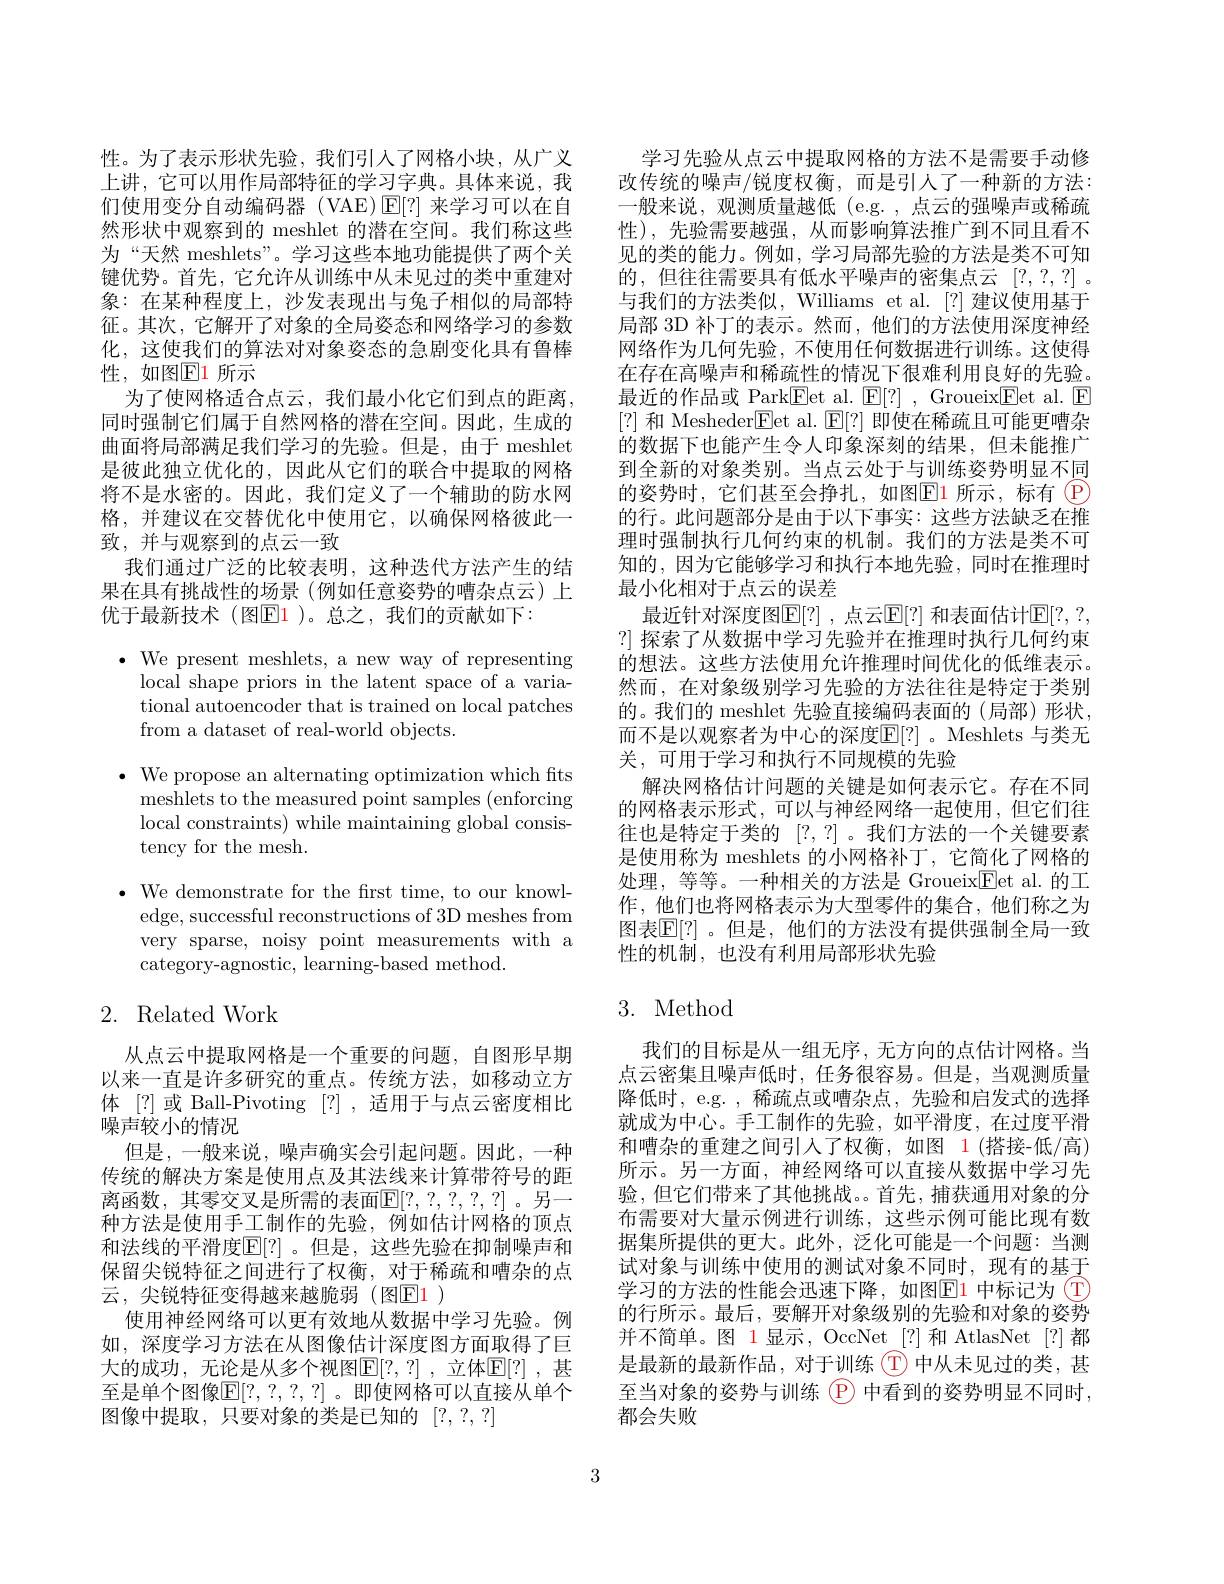
性。为了表示形状先验，我们引人了网格小块，从广义上讲，它可以用作局部特征的学习字典。具体来说，我们使用变分自动编码器 (VAE)$\operatorname{E}[?]$来学习可以在自然形状中观察到的 meshlet 的潜在空间。我们称这些为“天然 meshlets”。学习这些本地功能提供了两个关键优势。首先，它允许从训练中从未见过的类中重建对象：在某种程度上，沙发表现出与兔子相似的局部特征。其次，它解开了对象的全局姿态和网络学习的参数化，这使我们的算法对对象姿态的急剧变化具有鲁棒性，如图$\mathbb{E}$1 所示
为了使网格适合点云，我们最小化它们到点的距离， 同时强制它们属于自然网格的潜在空间。因此，生成的曲面将局部满足我们学习的先验。但是，由于 meshlet 是彼此独立优化的，因此从它们的联合中提取的网格将不是水密的。因此，我们定义了一个辅助的防水网格，并建议在交替优化中使用它，以确保网格彼此一致，并与观察到的点云一致
我们通过广泛的比较表明，这种迭代方法产生的结果在具有挑战性的场景(例如任意姿势的嘈杂点云)上优于最新技术(图El )。总之，我们的贡献如下：

$\bullet$ We present meshlets, a new way of representing
local shape priors in the latent space of a variational autoencoder that is trained on local patches from a dataset of real-world objects.
$\bullet$ We propose an alternating optimization which fts
meshlets to the measured point samples (enforcing local constraints) while maintaining global consistency for the mesh.
$\cdot$ We demonstrate for the frst time, to our knowl-
edge, successful reconstructions of 3D meshes from very sparse, noisy point measurements with a category-agnostic, learning-based method.

# 2. Related Work

从点云中提取网格是一个重要的问题，自图形早期以来一直是许多研究的重点。传统方法，如移动立方体 [?]或 Ball-Pivoting [?] , 适用于与点云密度相比噪声较小的情况
但是，一般来说，噪声确实会引起问题。因此，一种传统的解决方案是使用点及其法线来计算带符号的距离函数，其零交叉是所需的表面$\mathbb{E}[?,?,?,?,?]$。另一种方法是使用手工制作的先验，例如估计网格的顶点和法线的平滑度$\mathbb{E}[?]$ 。但是，这些先验在抑制噪声和保留尖锐特征之间进行了权衡，对于稀疏和嘈杂的点云，尖锐特征变得越来越脆弱(图$\color{red}{\mathrm{E}}\color{blue}{\mathrm{1}}$)
使用神经网络可以更有效地从数据中学习先验。例如，深度学习方法在从图像估计深度图方面取得了巨大的成功，无论是从多个视图$\mathbb{E}[?,?]$,立体$\mathbb{E}[?]$,甚至是单个图像$\mathbb{E}[?,?,?,?]$。即使网格可以直接从单个图像中提取，只要对象的类是已知的[?,?,?]

学习先验从点云中提取网格的方法不是需要手动修改传统的噪声/锐度权衡，而是引人了一种新的方法： 一般来说，观测质量越低 (e.g.,点云的强噪声或稀疏性),先验需要越强，从而影响算法推广到不同且看不见的类的能力。例如，学习局部先验的方法是类不可知的，但往往需要具有低水平噪声的密集点云[?,?,?] 。与我们的方法类似，Williams et al. [?] 建议使用基于局部 3D 补丁的表示。然而，他们的方法使用深度神经网络作为几何先验，不使用任何数据进行训练。这使得在存在高噪声和稀疏性的情况下很难利用良好的先验。最近的作品或 Park$\underline{\mathrm{F}}$et al. $\underline {\mathrm{E} }[ ? ]$ , Groueix$\underline{\mathrm{Fet~al.~E}}$ [?]和 Mesheder$\boxed{\mathrm{E}}$et al. $\boxed{\mathrm{F}}[?]$即使在稀疏且可能更嘈杂的数据下也能产生令人印象深刻的结果，但未能推广到全新的对象类别。当点云处于与训练姿势明显不同的姿势时，它们甚至会挣扎，如图$\color{#c00}{\operatorname*{E1}}$所示，标有(P) 的行。此问题部分是由于以下事实：这些方法缺乏在推理时强制执行几何约束的机制。我们的方法是类不可知的，因为它能够学习和执行本地先验，同时在推理时最小化相对于点云的误差
最近针对深度图$\mathbb{E}[?]$ ,点云$\mathbb{E}[?]$ 和表面估计$\mathbb{E}[?,?$, ?] 探索了从数据中学习先验并在推理时执行几何约束的想法。这些方法使用允许推理时间优化的低维表示。然而，在对象级别学习先验的方法往往是特定于类别的。我们的 meshlet 先验直接编码表面的(局部)形状， 而不是以观察者为中心的深度$\mathbb{E}[?]$ 。Meshlets 与类无关，可用于学习和执行不同规模的先验
解决网格估计问题的关键是如何表示它。存在不同的网格表示形式，可以与神经网络一起使用，但它们往往也是特定于类的[?,?] 。我们方法的一个关键要素是使用称为 meshlets 的小网格补丁，它简化了网格的处理，等等。一种相关的方法是 GroueixEet al.的工作，他们也将网格表示为大型零件的集合，他们称之为图表$\mathbb{E}[?]$。但是，他们的方法没有提供强制全局一致性的机制，也没有利用局部形状先验

# 3. Method

我们的目标是从一组无序，无方向的点估计网格。当点云密集且噪声低时，任务很容易。但是，当观测质量降低时，e.g.,稀疏点或嘈杂点，先验和启发式的选择就成为中心。手工制作的先验，如平滑度，在过度平滑和嘈杂的重建之间引人了权衡，如图 1(搭接-低/高) 所示。另一方面，神经网络可以直接从数据中学习先验，但它们带来了其他挑战。首先，捕获通用对象的分布需要对大量示例进行训练，这些示例可能比现有数据集所提供的更大。此外，泛化可能是一个问题：当测试对象与训练中使用的测试对象不同时，现有的基于学习的方法的性能会迅速下降，如图$\color{#c00}{\mathrm{E1}}$ 中标记为 $\textcircled{\mathrm{T}}$ 的行所示。最后，要解开对象级别的先验和对象的姿势并不简单。图 1 显示，OccNet [?] 和 AtlasNet [?]都是最新的最新作品，对于训练(T)中从未见过的类，甚至当对象的姿势与训练$\textcircled{\mathrm{P}}$中看到的姿势明显不同时， 都会失败

3